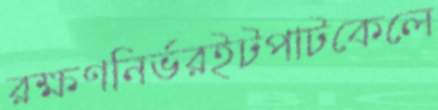
রক্ষণনির্ভরইটপাটকেলে